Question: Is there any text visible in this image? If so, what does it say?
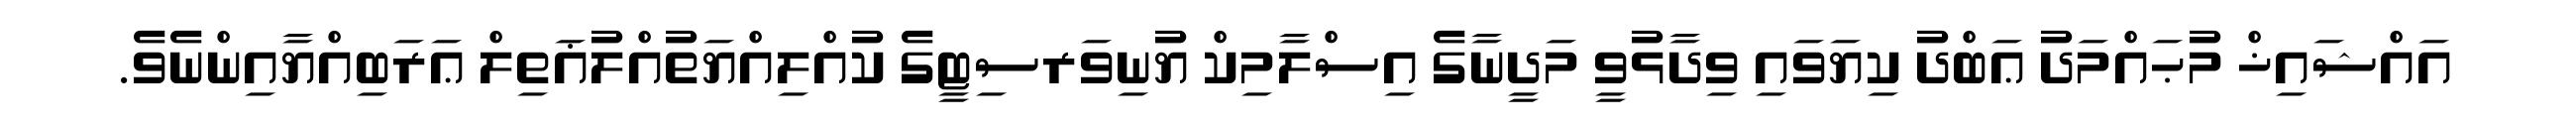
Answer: އައްޝައިޚް މުޙައްމަދު ޢަބްދު ކިޔަވައި ވިދާޅުވީ މަދީނާގެ އިސްލާމިކް ޔުނިވަރސިޓީގެ ކުއްލިއްޔަތުއްލުޣަތިލް ޢަރަބިއްޔާއިންނެވެ.